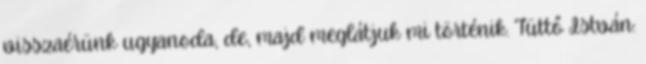
visszaérünk ugyanoda, de, majd meglátjuk mi történik. Tüttő István: